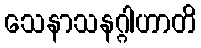
သေနာသနဂ္ဂါဟာတိ